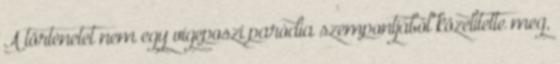
A történetet nem egy vígeposzi paródia szempontjából közelítette meg,